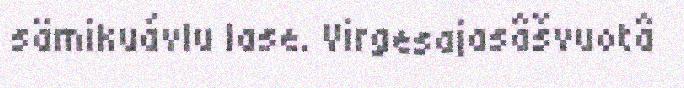
sämikuávlu lase. Virgesajasâšvuotâ